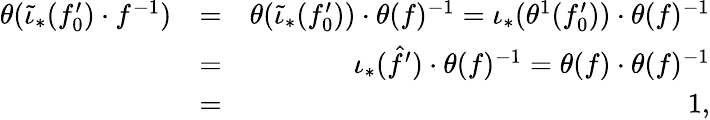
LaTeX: \begin{array}{rlr}{\theta(\widetilde{\iota}_{\ast}(f_{0}^{\prime})\cdot f^{-1})}&{=}&{\theta(\widetilde{\iota}_{\ast}(f_{0}^{\prime}))\cdot\theta(f)^{-1}=\iota_{\ast}(\theta^{1}(f_{0}^{\prime}))\cdot\theta(f)^{-1}}\\ &{=}&{\iota_{\ast}(\hat{f}^{\prime})\cdot\theta(f)^{-1}=\theta(f)\cdot\theta(f)^{-1}}\\ &{=}&{1,}\end{array}